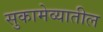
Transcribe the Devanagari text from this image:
सुकामेव्यातील